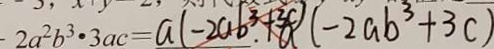
2 a ^ { 2 } b ^ { 3 } \cdot 3 a c = a ( - 2 a b ^ { 3 } . + 3 c ) a ( - 2 a b ^ { 3 } + 3 c )